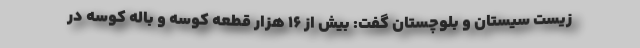
زیست سیستان و بلوچستان گفت: بیش از ۱۶ هزار قطعه کوسه و باله کوسه در